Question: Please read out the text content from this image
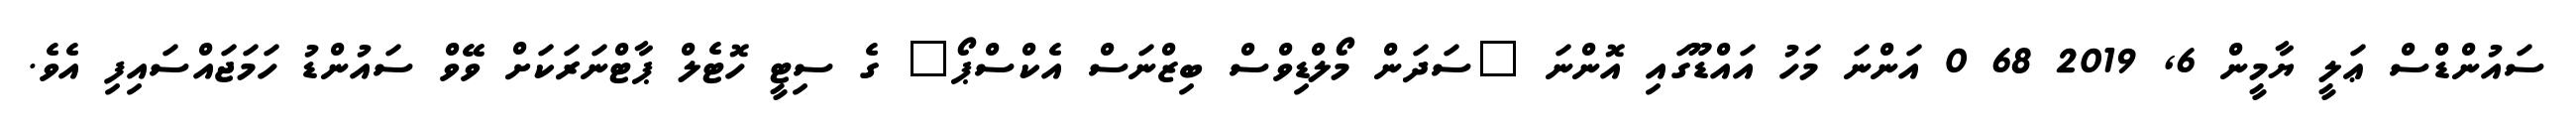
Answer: ސައުންޑްސް ޢަލީ ޔާމީން 6, 2019 68 0 އަންނަ މަހު އައްޑޫގައި އޮންނަ "ސަދަން މޯލްޑިވްސް ބިޒްނަސް އެކްސްޕޯ" ގެ ސިޓީ ހޮޓެލް ޕާޓްނަރަކަށް ވޭވް ސައުންޑު ހަމަޖައްސައިފި އެވެ.